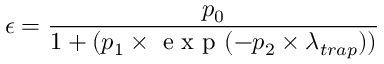
\epsilon = \frac { p _ { 0 } } { 1 + ( p _ { 1 } \times \mathrm { ~ e ~ x ~ p ~ } ( - p _ { 2 } \times \lambda _ { t r a p } ) ) }